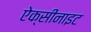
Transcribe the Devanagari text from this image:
ऐक्सीनाइट